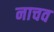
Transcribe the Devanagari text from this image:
नाचव